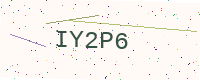
Text: IY2P6